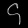
Digit: ၄